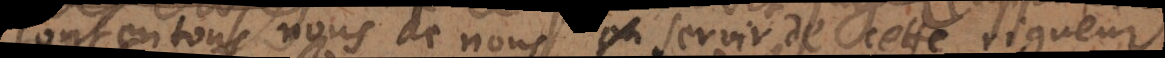
contentons nous de nous servir de cette rigueur